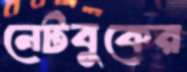
নেটবুকের